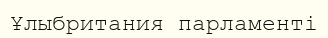
Ұлыбритания парламенті